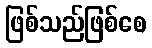
ဖြစ်သည်ဖြစ်စေ